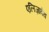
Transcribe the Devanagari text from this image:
एलिज़ावेथ